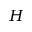
H